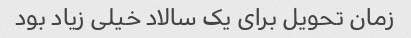
زمان تحویل برای یک سالاد خیلی زیاد بود